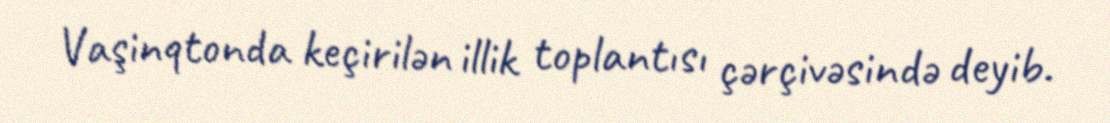
Vaşinqtonda keçirilən illik toplantısı çərçivəsində deyib.